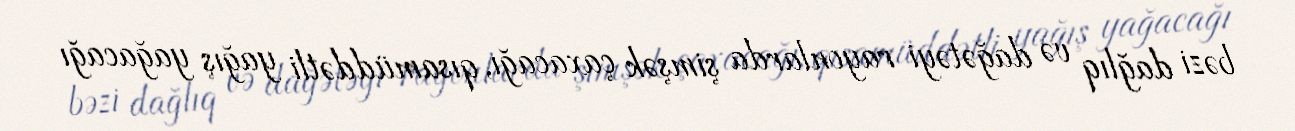
bəzi dağlıq və dağətəyi rayonlarda şimşək çaxacağı, qısamüddətli yağış yağacağı